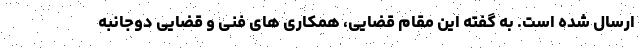
ارسال شده است. به گفته این مقام قضایی، همکاری های فنی و قضایی دوجانبه